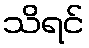
သိရင်